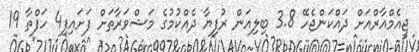
ޖީއެމްއާރްއަށް ދައްކަންޖެހޭ 3.8 ބިލިއަން ރުފިޔާ ދެއްކުމުގެ މަޝްވަރާތަށް ފަށައިފި4 ހަފްތާ 19